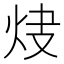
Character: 𤆿